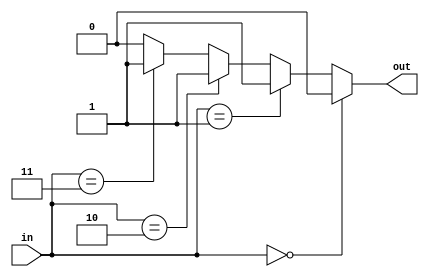
module CombinationalLogicBlock (
    input wire [3:0] in,   // 4-bit input
    output wire out        // 1-bit output
);

// Define the output based on valid input combinations and don't care conditions
// where 'X' indicates a don't care condition.

assign out = (in == 4'b0000) ? 1'b0 :   // valid input 0
             (in == 4'b0001) ? 1'b1 :   // valid input 1
             (in == 4'b0010) ? 1'b1 :   // valid input 2
             (in == 4'b0011) ? 1'b1 :   // valid input 3
             (in == 4'bX010) ? 1'b0 :   // don't care condition represented as X
             (in == 4'bX011) ? 1'b0 :   // don't care condition represented as X
             (in == 4'b0100) ? 1'b0 :   // valid input 4
             1'b0;                       // default case (for other inputs - should be handled if needed)

endmodule